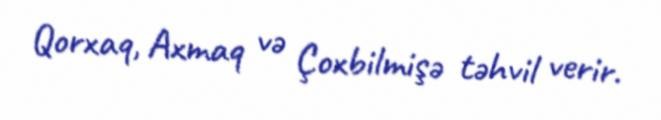
Qorxaq, Axmaq və Çoxbilmişə təhvil verir.